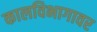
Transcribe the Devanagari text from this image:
कालविभागावर